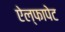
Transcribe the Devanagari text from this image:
ऐल्फापेट